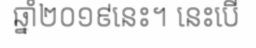
ឆ្នាំ២០១៩នេះ។ នេះបើ